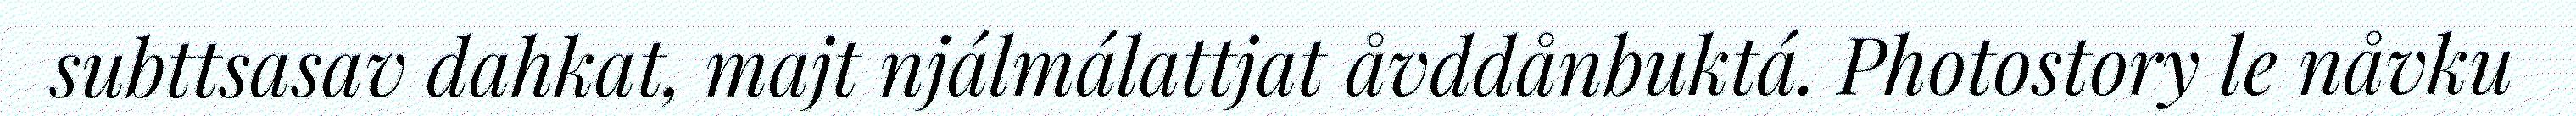
subttsasav dahkat, majt njálmálattjat åvddånbuktá. Photostory le nåvku